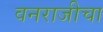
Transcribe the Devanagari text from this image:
वनराजीचा